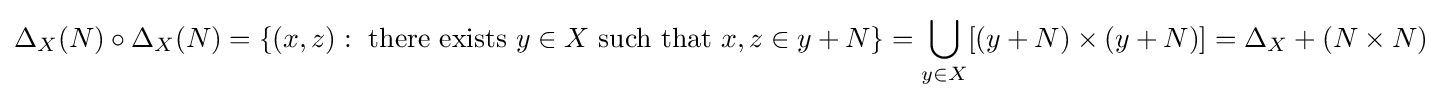
\Delta _{X}(N)\circ \Delta _{X}(N)=\{(x,z):{\text{ there exists }}y\in X{\text{ such that }}x,z\in y+N\}=\bigcup _{y\in X}[(y+N)\times (y+N)]=\Delta _{X}+(N\times N)